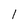
Character: 1